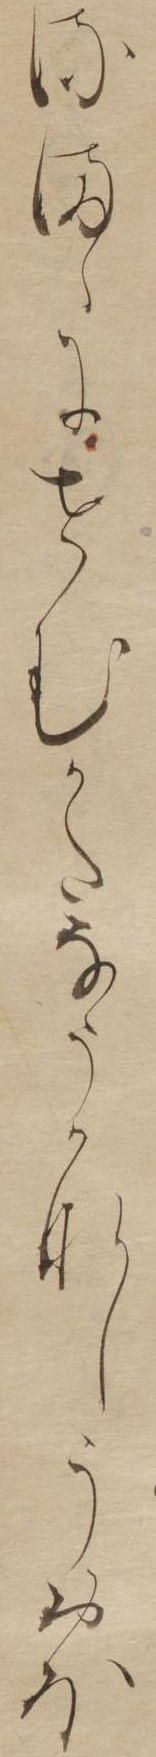
るまゝにせむかたなうかなしうおほ